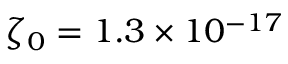
\zeta _ { 0 } = 1 . 3 \times 1 0 ^ { - 1 7 }